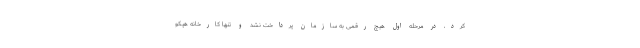
کرد، در مرحله اول هیچ رقمی به سازمان پرداخت نشد و تنها کارخانه هپکو